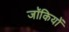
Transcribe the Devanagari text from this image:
जॉकियों